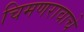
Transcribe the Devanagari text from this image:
चिमणरावाचे